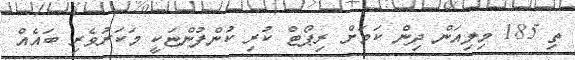
ތި 185 މިލިއަން ދިން ކަމަށް ރިޕޯޓް ކުރި ކުންފުންޏަކީ މަކަރުވެރި ބައެއް